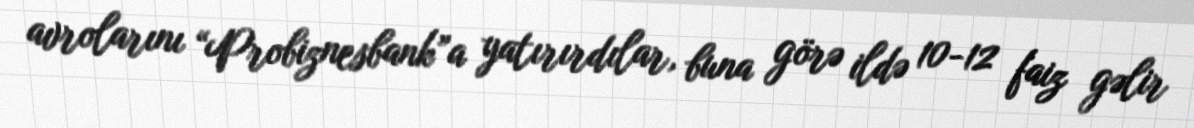
avrolarını “Probiznesbank”a yatırırdılar, buna görə ildə 10-12 faiz gəlir